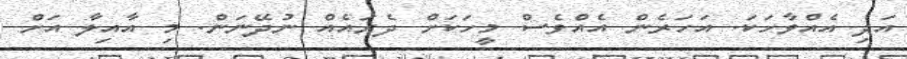
އަދި އެއްވާހަކަ. އަހަރެން އެއްވެސް މީހަކަށް ދެރައެއް ނުދޭނަން. މި އާއިލާ އަށް